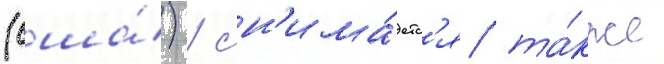
(сша́) / сн'има́етс'я та́кже